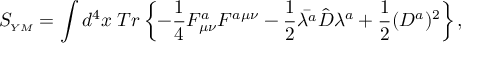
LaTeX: S _ { \scriptscriptstyle Y M } = \int d ^ { 4 } x \; T r \left\{ - \frac { 1 } { 4 } F _ { \mu \nu } ^ { a } F ^ { a \mu \nu } - \frac { 1 } { 2 } \bar { \lambda ^ { a } } \hat { D } \lambda ^ { a } + \frac { 1 } { 2 } ( D ^ { a } ) ^ { 2 } \right\} ,